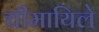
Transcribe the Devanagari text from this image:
चीमायिले